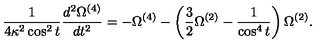
\frac { 1 } { 4 \kappa ^ { 2 } \cos ^ { 2 } { t } } \frac { d ^ { 2 } \Omega ^ { ( 4 ) } } { d t ^ { 2 } } = - \Omega ^ { ( 4 ) } - \left( \frac { 3 } { 2 } \Omega ^ { ( 2 ) } - \frac { 1 } { \cos ^ { 4 } { t } } \right) \Omega ^ { ( 2 ) } .